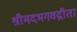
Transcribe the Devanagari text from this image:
श्रीमदभगवद्गीता